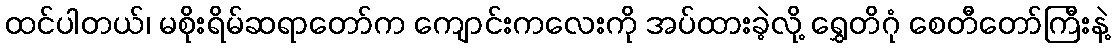
ထင်ပါတယ်၊ မစိုးရိမ်ဆရာတော်က ကျောင်းကလေးကို အပ်ထားခဲ့လို့ ရွှေတိဂုံ စေတီတော်ကြီးနဲ့